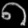
Digit: ၈